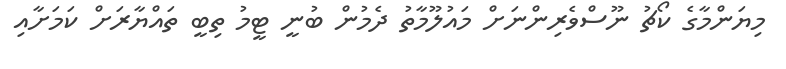
މިޔަންމާގެ ކޯޗު ނޫސްވެރިންނަށް މައުލޫމާތު ދެމުން ބުނީ ޓީމު ތިބީ ތައްޔާރަށް ކަމަށާއި